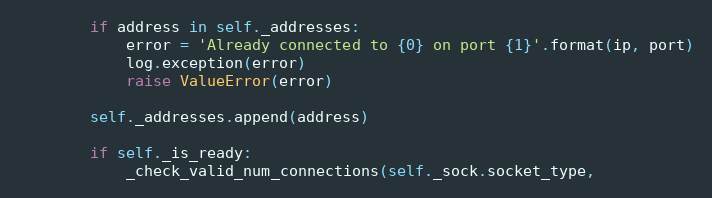
Language: Python
        if address in self._addresses:
            error = 'Already connected to {0} on port {1}'.format(ip, port)
            log.exception(error)
            raise ValueError(error)

        self._addresses.append(address)

        if self._is_ready:
            _check_valid_num_connections(self._sock.socket_type,